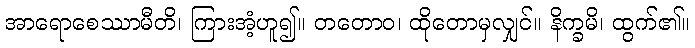
အာရောစေဿာမီတိ၊ ကြားအံ့ဟူ၍။ တတောဝ၊ ထိုတောမှလျှင်။ နိက္ခမိ၊ ထွက်၏။